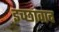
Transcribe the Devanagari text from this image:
इच्छावाद